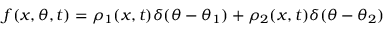
f ( x , \theta , t ) = \rho _ { 1 } ( x , t ) \delta ( \theta - \theta _ { 1 } ) + \rho _ { 2 } ( x , t ) \delta ( \theta - \theta _ { 2 } )